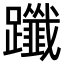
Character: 𨇦